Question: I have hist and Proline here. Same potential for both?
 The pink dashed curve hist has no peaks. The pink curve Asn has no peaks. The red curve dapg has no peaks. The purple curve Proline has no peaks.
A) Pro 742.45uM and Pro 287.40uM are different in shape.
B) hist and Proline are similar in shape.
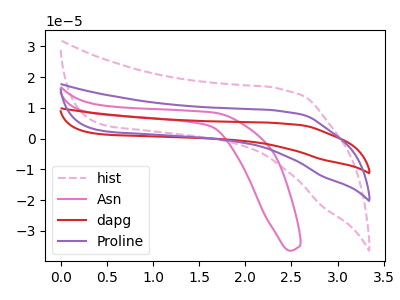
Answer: <think>Neither "hist" or "Proline" have any peaks.
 </think>
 <answer>B) "hist" and "Proline" are similar in shape.</answer>
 <eval>B</eval>